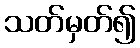
သတ်မှတ်၍